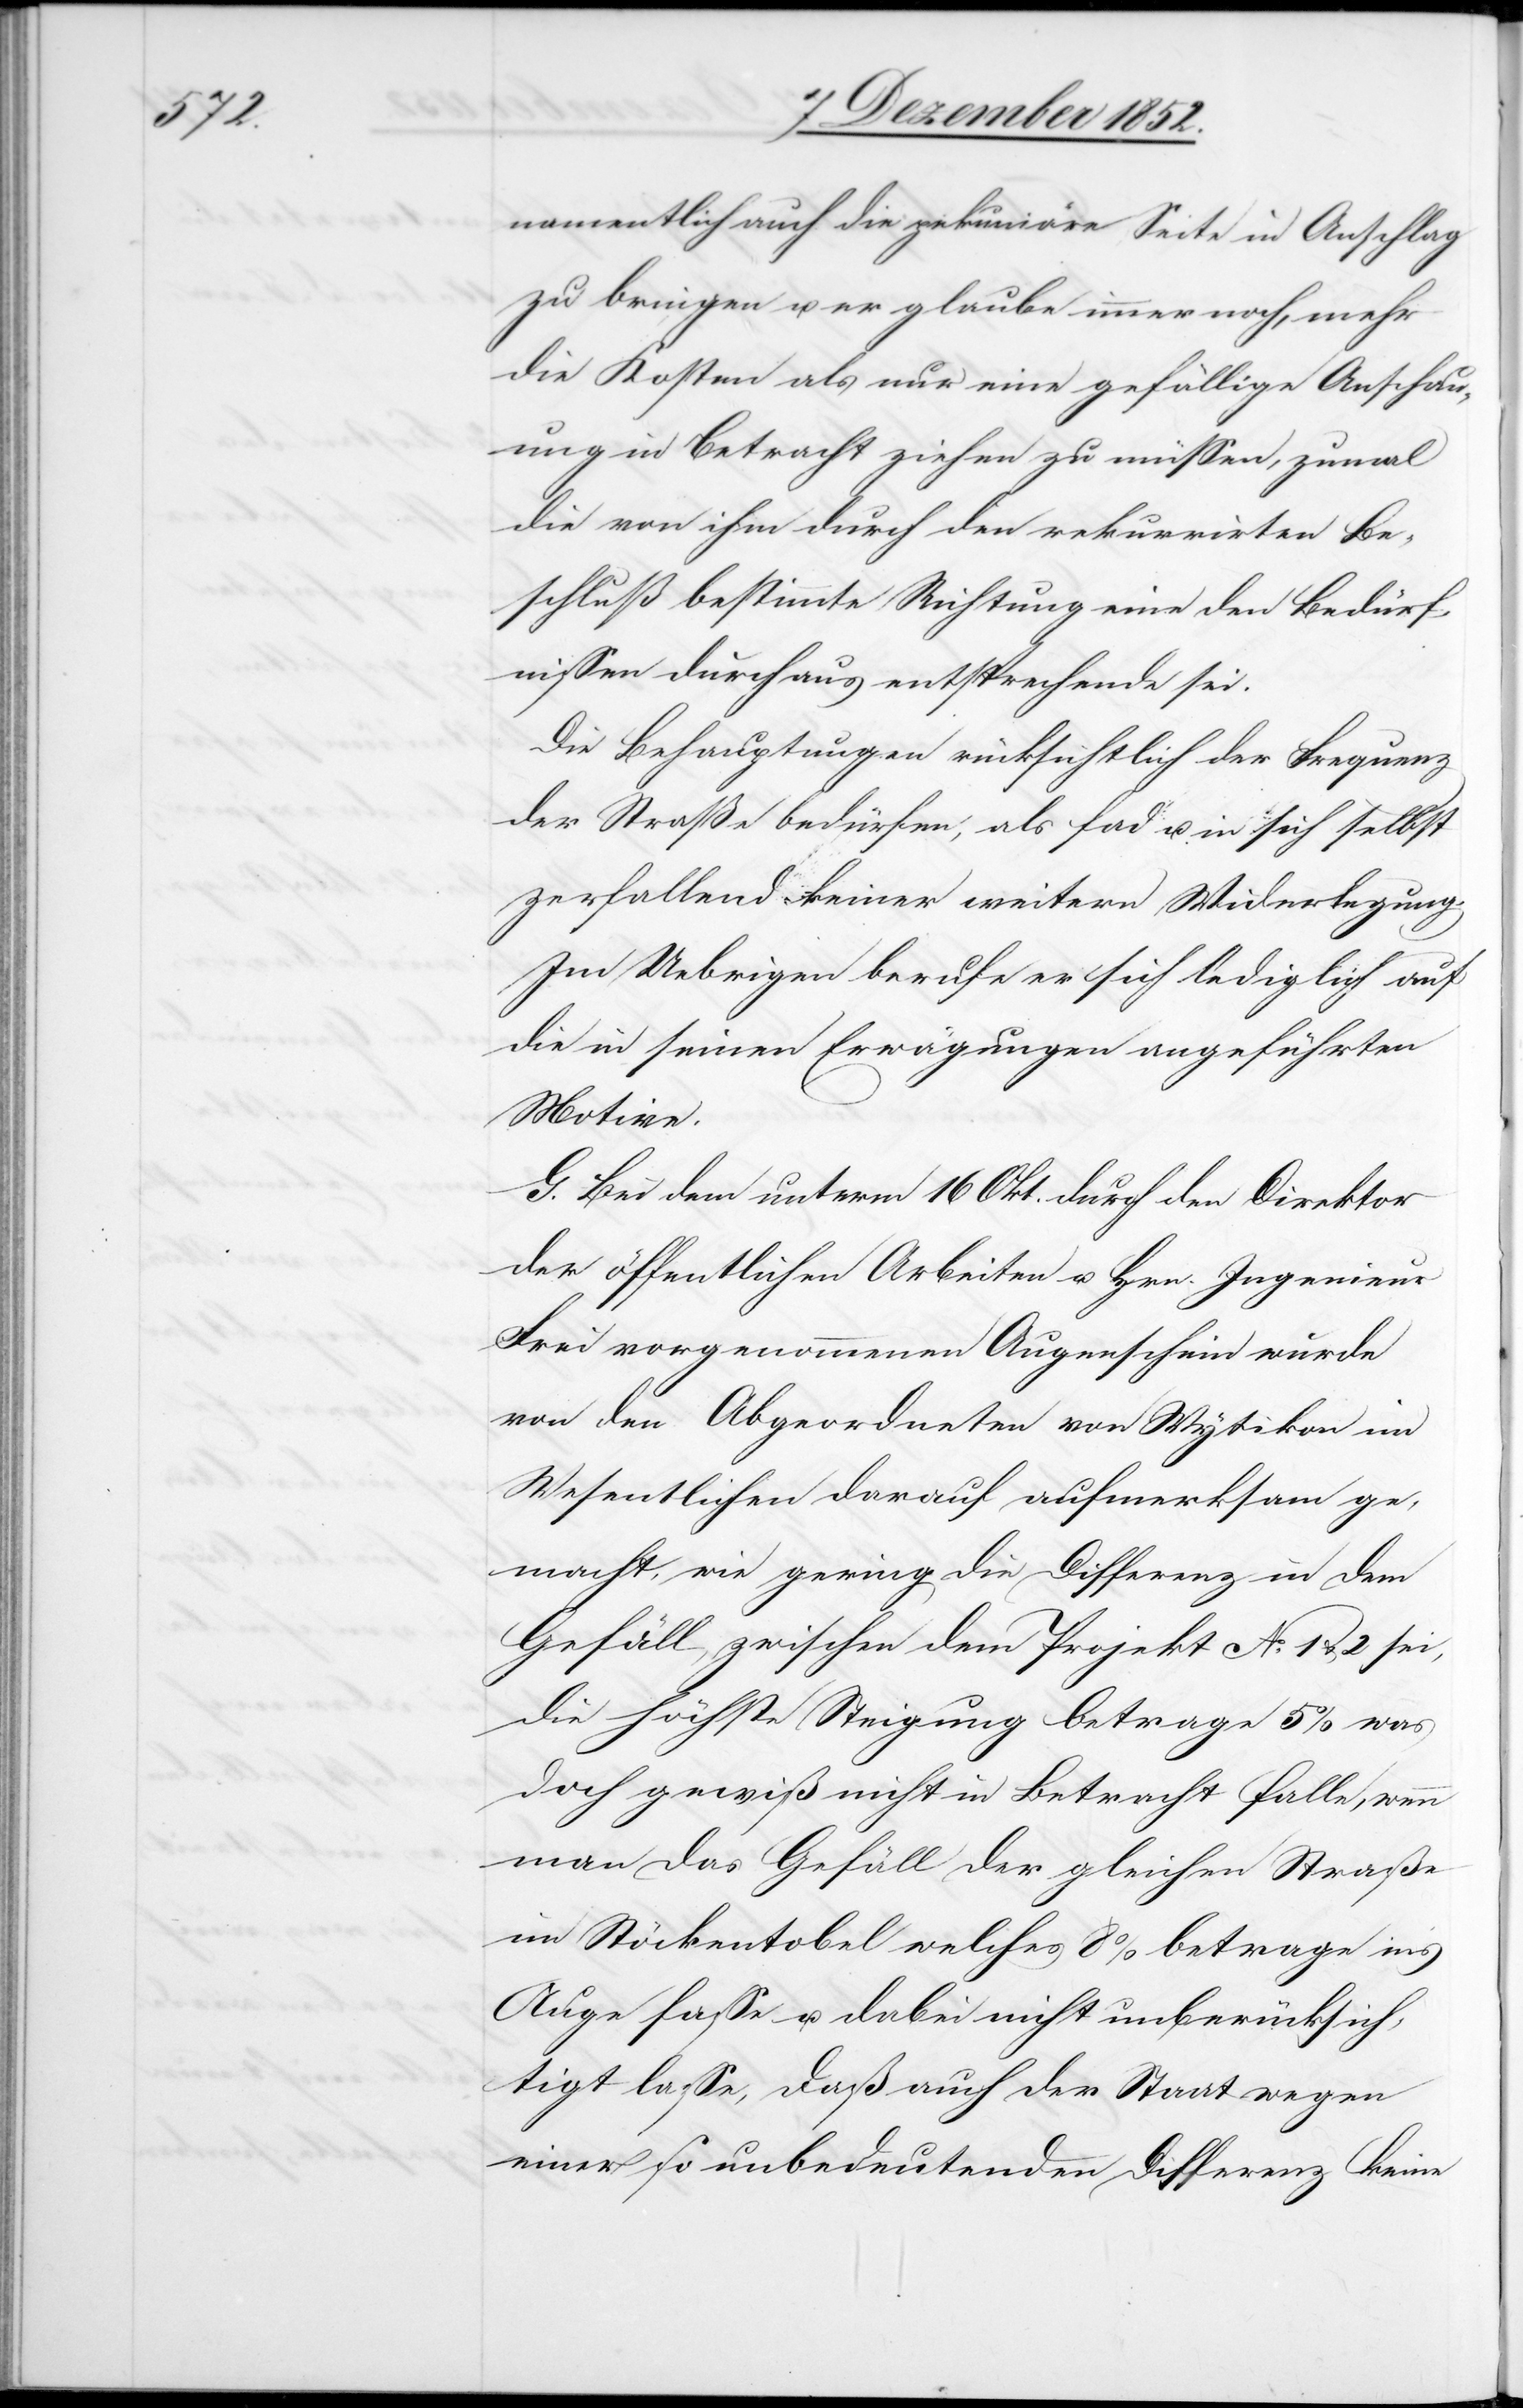
namentlich auch die pekuniäre Seite in Anschlag
zu bringen u. er glaube immer noch, mehr
die Kosten als nur eine gefällige Anschau¬
ung in Betracht ziehen zu müssen, zumal
die von ihm durch den rekurrirten Be¬
schluß bestimmte Richtung eine den Bedürf¬
nissen durchaus entsprechende sei.
Die Behauptungen rücksichtlich der Frequenz
der Straße bedürfen, als fad u. in sich selbst
zerfallend keiner weitern Widerlegung.
Im Uebrigen berufe er sich lediglich auf
die in seinen Erwägungen angeführten
Motive.
G. Bei dem unterm 16 Okt. durch den Direktor
der öffentlichen Arbeiten u. Hrn. Ingenieur
Frei vorgenommenen Augenschein wurde
von den Abgeordneten von Wytikon im
Wesentlichen darauf aufmerksam ge¬
macht, wie gering die Differenz in dem
Gefäll, zwischen dem Projekt No. 1 & 2 sei,
die höchste Steigung betrage 5% was
doch gewiß nicht in Betracht falle, wenn
man das Gefäll der gleichen Straße
im Stöckentobel welches 8% betrage in’s
Auge fasse u. dabei nicht unberücksich¬
tigt lasse, daß auch der Staat wegen
einer so unbedeutenden Differenz keine